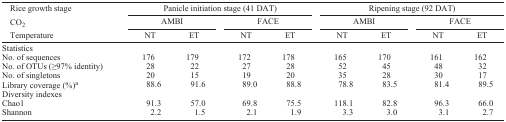
| Rice growth stage | <COLSPAN=4> Panicle initiation stage (41 DAT) | <COLSPAN=4> Ripening stage (92 DAT) |
 | CO2 | <COLSPAN=2> AMBI | <COLSPAN=2> FACE | <COLSPAN=2> AMBI | <COLSPAN=2> FACE |
 | Temperature | NT | ET | NT | ET | NT | ET | NT | ET |
 | --- | --- | --- | --- | --- | --- | --- | --- | --- |
 | <COLSPAN=9> Statistics |
 | No. of sequences | 176 | 179 | 172 | 178 | 165 | 170 | 161 | 162 |
 | No. of OTUs (≥97% identity) | 28 | 22 | 27 | 28 | 52 | 45 | 48 | 32 |
 | No. of singletons | 20 | 15 | 19 | 20 | 35 | 28 | 30 | 17 |
 | Library coverage (%)a | 88.6 | 91.6 | 89.0 | 88.8 | 78.8 | 83.5 | 81.4 | 89.5 |
 | <COLSPAN=9> Diversity indexes |
 | Chao1 | 91.3 | 57.0 | 69.8 | 75.5 | 118.1 | 82.8 | 96.3 | 66.0 |
 | Shannon | 2.2 | 1.5 | 2.1 | 1.9 | 3.3 | 3.0 | 3.1 | 2.7 |